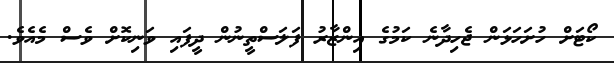
ކޯޓަށް ހުށަހަޅަން ޖެހިދާނެ ކަމުގެ އިންޒާރު ފަލަސްތީނުން ދީފައި ވަނިކޮށް ވެސް މެއެވެ.